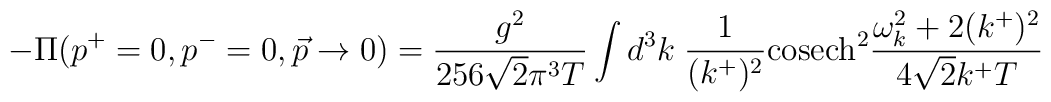
-\Pi (p^{+}=0,p^{-}=0,\vec{p}\rightarrow 0) = \frac{g^{2}}{256\sqrt{2}\pi^{3}T} \int d^{3}k\;\frac{1}{(k^{+})^{2}} {\rm cosech}^{2} \frac{\omega_{k}^{2}+2(k^{+})^{2}}{4\sqrt{2}k^{+}T}